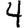
Digit: 4